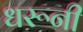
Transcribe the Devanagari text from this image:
धरूनी